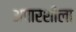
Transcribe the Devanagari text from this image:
अपारशीला